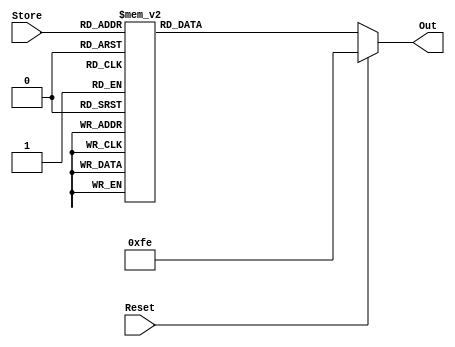
`timescale 1ns / 1ps
//////////////////////////////////////////////////////////////////////////////////
// Company: 
// Engineer: 
// 
// Design Name: 
// Module Name: SegLED
// Project Name: 
// Target Devices: 
// Tool Versions: 
// Description: 
// 
// Dependencies: 
// 
// Revision:
// Revision 0.01 - File Created
// Additional Comments:
// 
//////////////////////////////////////////////////////////////////////////////////


module SegLED(
	input[3:0] Store,
	input Reset,
	output reg[7:0] Out
);
	always@(Store or Reset)begin
		if(Reset == 1)begin
			Out = 8'b11111110;
		end
		else begin
			case(Store)
				4'b0000 : Out = 8'b11000000; //0
                4'b0001 : Out = 8'b11111001; //1
                4'b0010 : Out = 8'b10100100; //2
                4'b0011 : Out = 8'b10110000; //3
                4'b0100 : Out = 8'b10011001; //4
                4'b0101 : Out = 8'b10010010; //5
                4'b0110 : Out = 8'b10000010; //6
                4'b0111 : Out = 8'b11011000; //7
                4'b1000 : Out = 8'b10000000; //8
                4'b1001 : Out = 8'b10010000; //9
                4'b1010 : Out = 8'b10001000; //A
                4'b1011 : Out = 8'b10000011; //b
                4'b1100 : Out = 8'b11000110; //C
                4'b1101 : Out = 8'b10100001; //d
                4'b1110 : Out = 8'b10000110; //E
                4'b1111 : Out = 8'b10001110; //F
			endcase
		end
	end
endmodule